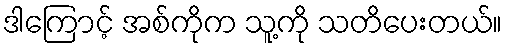
ဒါကြောင့် အစ်ကိုက သူ့ကို သတိပေးတယ်။